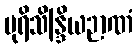
ပုရိသိန္ဒြိယဉာဏံ